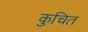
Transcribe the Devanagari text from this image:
कुचित